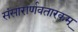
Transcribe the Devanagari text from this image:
संसारार्णवतारकम्